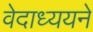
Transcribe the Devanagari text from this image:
वेदाध्ययने